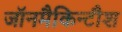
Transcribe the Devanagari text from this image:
जॉनमैकिन्टौश